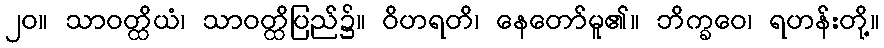
၂၀။ သာဝတ္ထိယံ၊ သာဝတ္ထိပြည်၌။ ဝိဟရတိ၊ နေတော်မူ၏။ ဘိက္ခဝေ၊ ရဟန်းတို့။